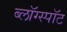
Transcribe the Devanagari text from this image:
ब्लॉग्स्पॉट